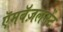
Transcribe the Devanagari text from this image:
ऍमबॅज़लमेंट